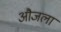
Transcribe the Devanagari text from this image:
औजला